Civil Veterinary Department. United Provinces 1912-22 - 1912-1922
Year: 1912
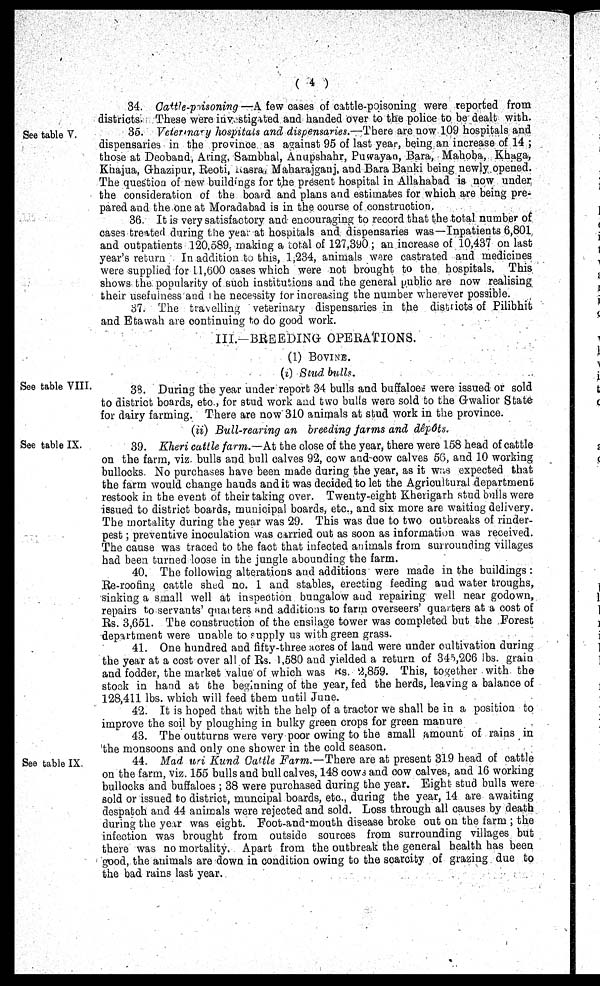
(4)
34. Cattle-poisoning — A few oases of cattle-poisoning were reported from
districts. These were investigated and handed over to the police to be dealt with.
See table V.
36. Veterinary hospitals and dispensaries.—There are now 109 hospitals and
dispensaries in the province as against 95 of last year, being an increase of 14;
those at Deoband, Aring, Sambhal, Anupshahr, Puwayan, Bara, Mahoba, Khaga,
Khajua, Ghazipur, Reoti, Kasra, Maharajganj, and Bara Banki being newly opened.
The question of new buildings for the present hospital in Allahabad is now under,
the consideration of the board and plans and estimates for which are being pre-
pared and the one at Moradabad is in the course of construction,
36. It is very satisfactory and encouraging to record that the total number of
cases treated during the year at hospitals and dispensaries was—Inpatients 6,801,
and outpatients 120,589. making a total of 127,390; an increase of 10,437 on last
year's return. In addition to this, 1,234, animals were castrated and medicines
were supplied for 11,000 cases which were not brought to the hospitals. This
shows the popularity of such institutions and the general public are now realising
their usefulness and the necessity lor increasing the number wherever possible.
37. The travelling veterinary dispensaries in the districts of Pilibhit
and Etawah are continuing to do good work.
III.––BREEDING OPERATIONS.
(1) BOVINE.
(i) Stud bulls.
See table VIII.
38. During the year under report 34 bulls and buffaloes were issued or sold
to district boards, etc, for stud work and two bulls were sold to the Gwalior State
for dairy farming. There are now 310 animals at stud work in the province.
(ii) Bull-rearing an breeding farms and dépôts.
See table IX.
39. Kheri cattle farm.—At the close of the year, there were 158 head of cattle
on the farm, viz. bulls and bull calves 92, cow and cow calves 56, and 10 working
bullocks. No purchases have been made during the year, as it was expected that
the farm would change hands and it was decided to let the Agricultural department
restook in the event of their taking over. Twenty-eight Kherigarh stud bulls were
issued to district boards, municipal boards, etc., and six more are waiting delivery.
The mortality during the year was 29. This was due to two outbreaks of rinder-
pest; preventive inoculation was carried out as soon as information was received.
The cause was traced to the fact that infected animals from surrounding villages
had been turned loose in the jungle abounding the farm.
40. The following alterations and additions were made in the buildings:
Re-roofing cattle shed no. 1 and stables, erecting feeding and water troughs,
sinking a small well at inspection bungalow and repairing well near godown,
repairs to servants' quarters and additions to farm overseers' quarters at a cost of
Rs. 3,651. The construction of the ensilage tower was completed but the Forest
department were unable to supply us with green grass.
41. One hundred and fifty-three acres of land were under cultivation during
the year at a cost over all of Rs. 1,580 and yielded a return of 345,206 lbs. grain
and fodder, the market value of which was Rs. 2,859. This, together with the
stock in hand at the beginning of the year, fed the herds, leaving a balance of
128,411 lbs. which will feed them until June.
42. It is hoped that with the help of a tractor we shall be in a position to
improve the soil by ploughing in bulky green crops for green manure
43. The outturns were very poor owing to the small amount of rains in
the monsoons and only one shower in the cold season.
See table IX.
44. Mad uri Kund Cattle Farm.—There are at present 319 head of cattle
on the farm, viz. 155 bulls and bull calves, 148 cows and cow calves, and 16 working
bullocks and buffaloes; 38 were purchased during the year. Eight stud bulls were
sold or issued to district, muncipal boards, etc., during the year, 14 are awaiting
despatoh and 44 animals were rejected and sold. Loss through all causes by death
during the year was eight. Foot-and-mouth disease broke out on the farm; the
infection was brought from outside sources from surrounding villages but
there was no mortality. Apart from the outbreak the general health has been
good, the animals are down in condition owing to the scarcity of grazing due to
the bad rains last year.